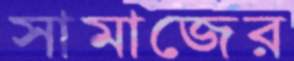
সামাজের